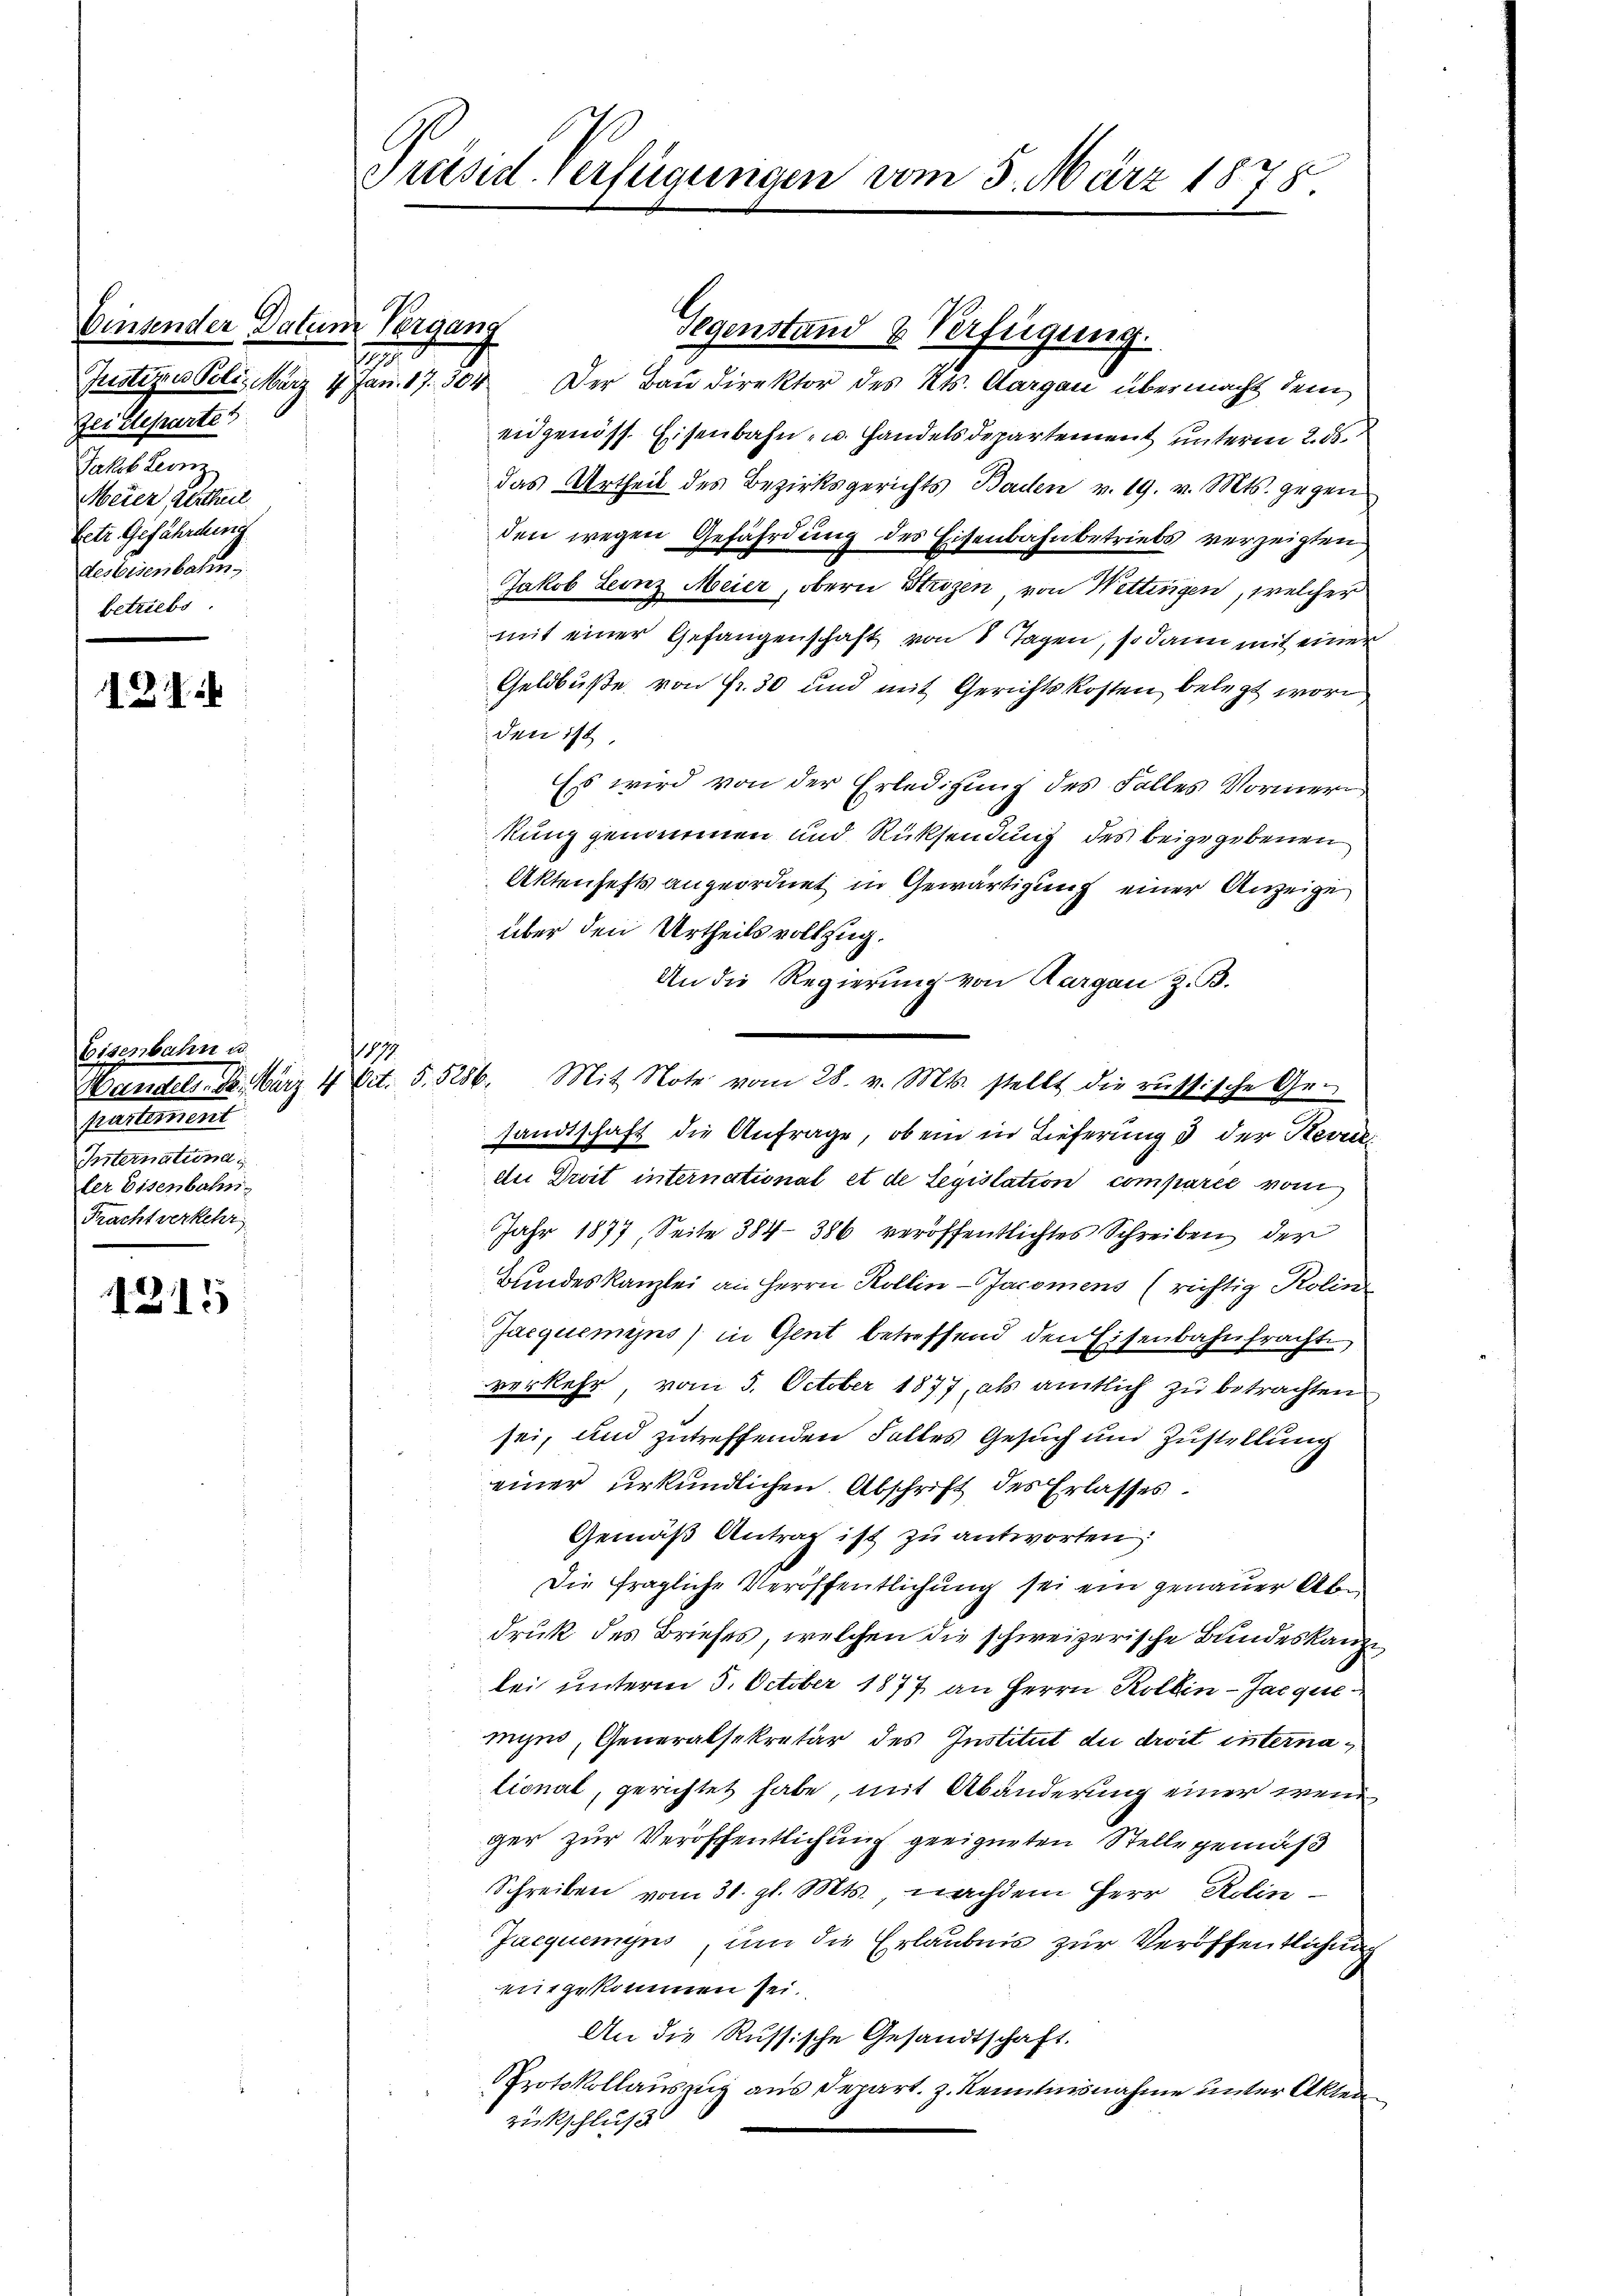
Einsender Datum Vergang
2
Justitus Poli. März 4. Jan. 17. 304
Zei Steparte
Jakob Leinz
Meier, Urtheil
betr. Gefährdung
Devisenbahn,
betriebe.

Eisenbahn u.
Pentement
Internation i
ler Eisenbahn-
Pracht verkehr

1215

Präsid-Verfügungen vom 5. März 1875.

1117

Der Bau direktor des Kts. Aargau übermacht dem
eidgenöss. Eisenbahn- u. Handelsdepartement unterm 2. ds
das Urtheil des Bezirksgerichts Baden v. 19. v. Mts. gegen
den wegen Gefährdung des Eisenbahnbetriebs verzeigten
Jakob Leinz Meier, obern Strizen, von Wettingen, welcher
mit einer Gefangenschaft von 8 Tagen, so dann mit einer
Geldbuße von Fr. 30 und mit Gerichtskosten belegt word
den 11
Es wird von der Erledigung des Falles Vormern
kung genommen und Rücksendung des beigegebenen
Aktenhefts angeordnet in Gewärtigung einer Anzeige
über den Urtheils vollzug.
An die Regierung von Aargau z. B.
sandtschaft die Anfrage, ob ein in Lieferung d der Herrli
de Droit international et de Legislation comparie vom
Jahr 1877, Seite 384—386 veröffentlichtes Schreiben der
Bundeskanzlei an Herrn Kollin Jacomens (richtig Kolin
Jacquemyns) in Gent betreffend den Eisenbahnfrachte
verkehr, vom 5. October 1877, als amtlich zu betrachten
sei, und zutreffenden Falles Gesuch und Zustellung
einer urkundlichen Abschrift des Erlasses.
Gemäß Antrag ist zu antworten:
Die fragliche Veröffentlichung sei ein genauer Abdruk des Briefes, welchen die schweizerische Bundeskanzlei unterm 5. October 1877 an Herrn Kollin-Jacquis
myn, Generalsekretär des Institut die droit internalional, gerichtet habe, mit Abänderung einer wenn
ger zur Veröffentlichung geeigneten Stelle gemäß
Schreiben vom 31. gl. Mts. nachdem Herr Rolin
Juequemyns, um die Erlaubnis zur Veröffentlichung
mitgekommen sei.
An die Russische Gesandtschaft.
PProtokollauszug aus Depart. z. Kenntnisnahme unter Akten
Zükschluß

Wandels. 8. März 4 Vit. 5. 5286. Mit Note vom 28. v. Mts. stellt die russische Ge-

Gegenstand & Verfügung.